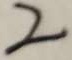
2